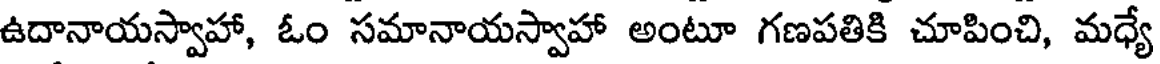
ఉదానాయస్వాహా, ఓం సమానాయస్వాహా అంటూ గణపతికి చూపించి, మధ్యే